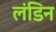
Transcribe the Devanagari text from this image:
लंडिन